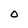
Character: 0